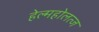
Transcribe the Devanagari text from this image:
हेल्महोलत्ज